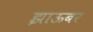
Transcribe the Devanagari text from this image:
झाऊबर